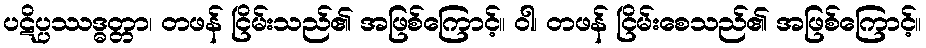
ပဋိပ္ပဿဒ္ဓတ္တာ၊ တဖန် ငြိမ်းသည်၏ အဖြစ်ကြောင့်။ ဝါ၊ တဖန် ငြိမ်းစေသည်၏ အဖြစ်ကြောင့်။